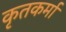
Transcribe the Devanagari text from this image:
कृतकर्मा